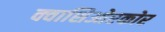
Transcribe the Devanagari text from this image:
क्वाशिओरकोर